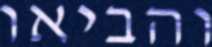
והביאו